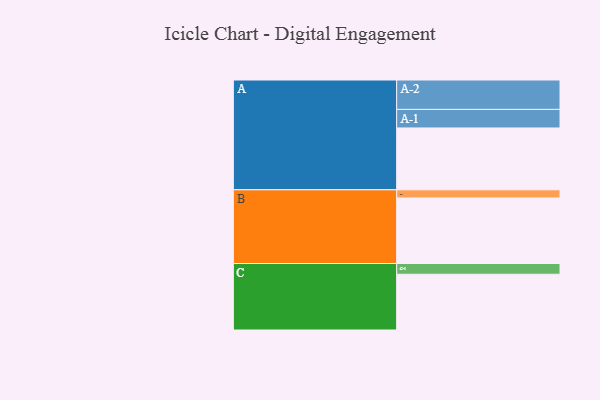
{"axis": {"x": "Segment", "y": "Value"}, "legend": ["", "A", "B", "C"], "data": [{"x": "A", "y": 507, "type": ""}, {"x": "B", "y": 537, "type": ""}, {"x": "C", "y": 457, "type": ""}, {"x": "A-1", "y": 152, "type": "A"}, {"x": "A-2", "y": 241, "type": "A"}, {"x": "B-1", "y": 67, "type": "B"}, {"x": "C-1", "y": 88, "type": "C"}]}